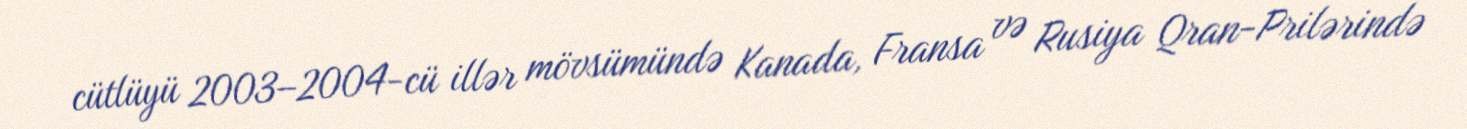
cütlüyü 2003–2004-cü illər mövsümündə Kanada, Fransa və Rusiya Qran-Prilərində